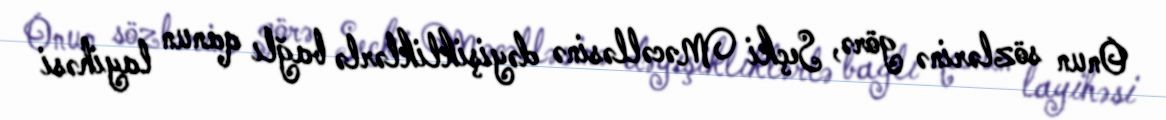
Onun sözlərinə görə, Seçki Məcəlləsinə dəyişikliklərlə bağlı qanun layihəsi